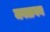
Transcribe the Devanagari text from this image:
जवळबन